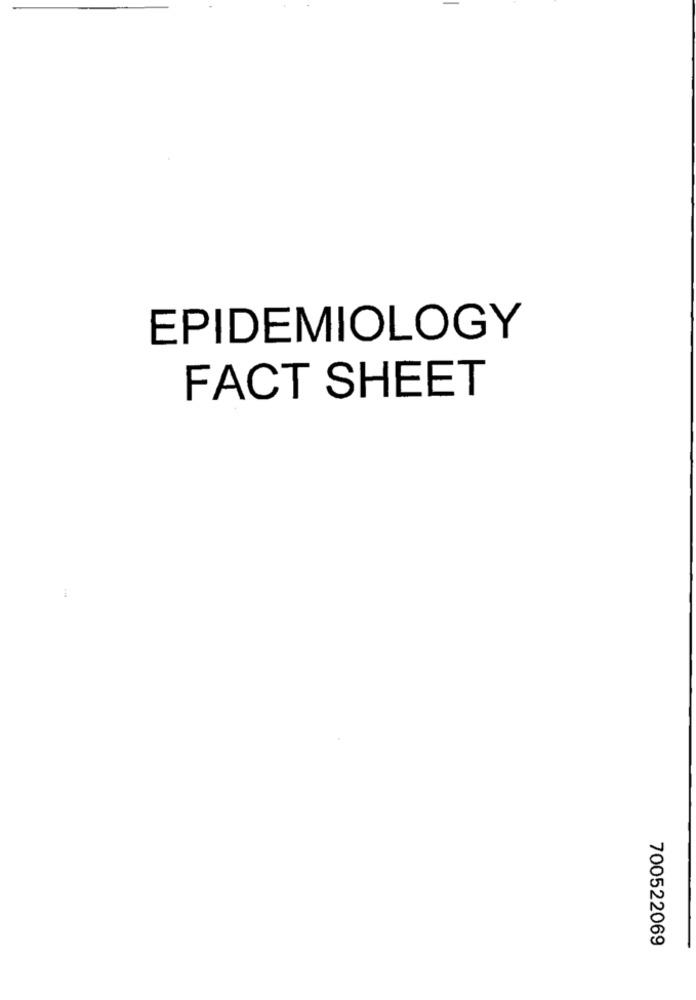
EPIDEMIOLOGY
FACT SHEET
700522069